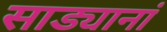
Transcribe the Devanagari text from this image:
साड्यानां